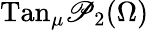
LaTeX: \textnormal{Tan}_{\mu}\mathscr{P}_{2}(\Omega)